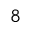
_ { 8 }